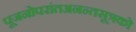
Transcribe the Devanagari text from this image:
पूजनोपरांतअनन्तसूत्रको